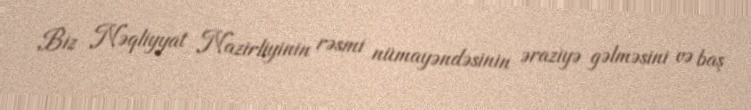
Biz Nəqliyyat Nazirliyinin rəsmi nümayəndəsinin əraziyə gəlməsini və baş